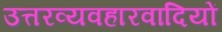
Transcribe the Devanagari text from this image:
उत्तरव्यवहारवादियों